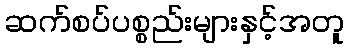
ဆက်စပ်ပစ္စည်းများနှင့်အတူ